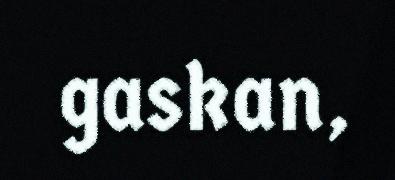
gaskan,